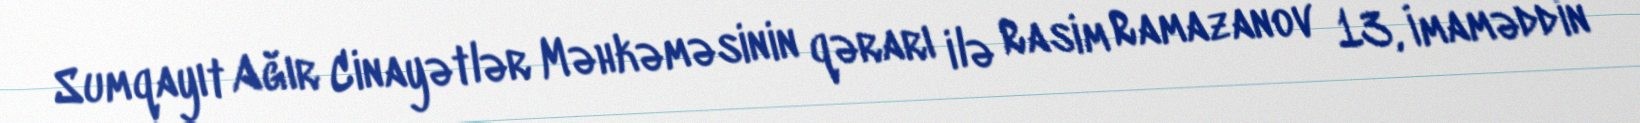
Sumqayıt Ağır Cinayətlər Məhkəməsinin qərarı ilə Rasim Ramazanov 13, İmaməddin